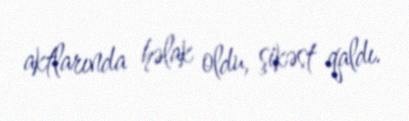
aktlarında həlak oldu, şikəst qaldı.